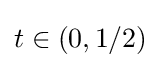
{\textstyle t\in (0,1/2)}